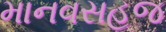
માનવસહજ